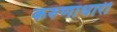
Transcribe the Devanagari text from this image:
करुणाधारी